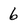
Character: 6